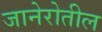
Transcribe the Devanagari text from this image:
जानेरोतील